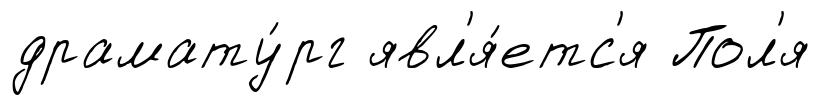
драмату́рг явл'я́етс'я Пол'я